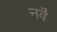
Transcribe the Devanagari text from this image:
नवै